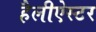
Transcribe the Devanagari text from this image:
हैलीऐस्टर